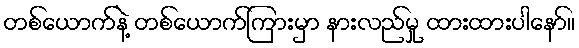
တစ်ယောက်နဲ့ တစ်ယောက်ကြားမှာ နားလည်မှု ထားထားပါနော်။